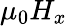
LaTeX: \mu_{0}H_{x}